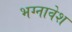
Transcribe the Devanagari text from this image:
भग्नावेश